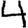
Digit: 4